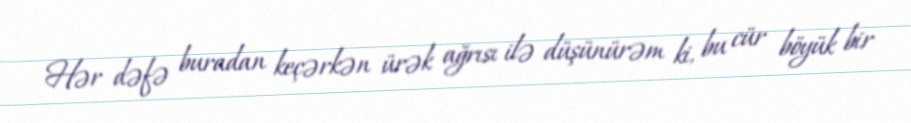
Hər dəfə buradan keçərkən ürək ağrısı ilə düşünürəm ki, bu cür böyük bir